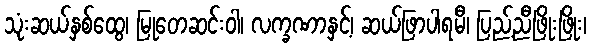
သုံးဆယ်နှစ်ထွေ၊ မြုတေဆင်းဝါ၊ လက္ခဏာနှင့်၊ ဆယ်ဖြာပါရမီ၊ ပြည့်ညီဖြိုးဖြိုး၊